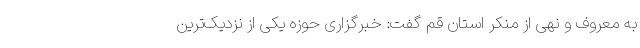
به معروف و نهی از منکر استان قم گفت: خبرگزاری حوزه یکی از نزدیک‌ترین